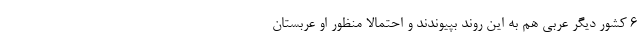
6 کشور دیگر عربی هم به این روند بپیوندند و احتمالا منظور او عربستان